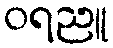
ဝရညူ